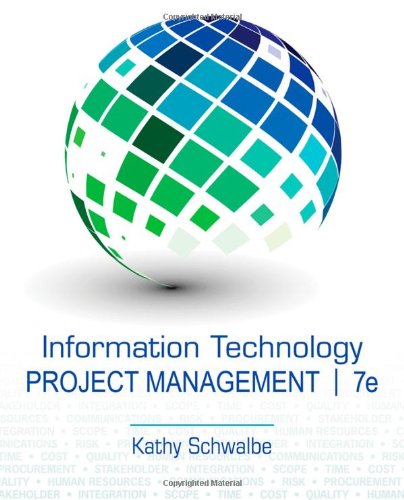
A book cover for Information Technology Project Management (with Microsoft Project 2010 60 Day Trial CD-ROM); Kathy Schwalbe; Computers & Technology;